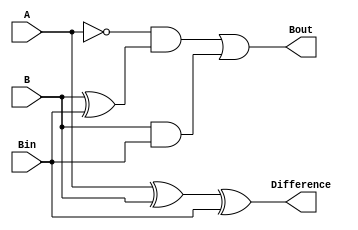
`timescale 1ns / 1ps
//////////////////////////////////////////////////////////////////////////////////
// Company: 
// Engineer: 
// 
// Design Name: 
// Module Name: Subtractor1b
// Project Name: 
// Target Devices: 
// Tool Versions: 
// Description: 
// 
// Dependencies: 
// 
// Revision:
// Revision 0.01 - File Created
// Additional Comments:
// 
//////////////////////////////////////////////////////////////////////////////////


module Subtractor1b( input A, B, Bin, output Difference, Bout);
    assign Difference = A^B^Bin;
    assign Bout = ~A & (B^Bin) | B & Bin;
endmodule